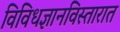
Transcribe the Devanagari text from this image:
विविधज्ञानविस्तारात